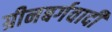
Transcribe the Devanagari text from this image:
ग्रीनबर्गवादी